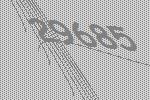
29685